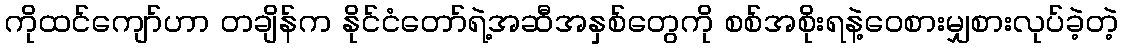
ကိုထင်ကျော်ဟာ တချိန်က နိုင်ငံတော်ရဲ့အဆီအနှစ်တွေကို စစ်အစိုးရနဲ့ဝေစားမျှစားလုပ်ခဲ့တဲ့